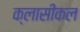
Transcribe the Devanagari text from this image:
क्लासीकल